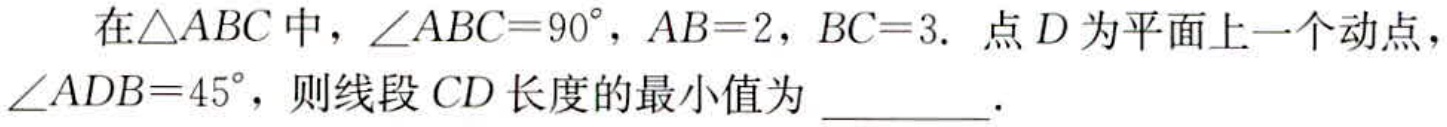
在$\triangle ABC$中，$\angle ABC = 90^{\circ}$，$AB = 2$，$BC = 3$. 点$D$为平面上一个动点，$\angle ADB = 45^{\circ}$，则线段$CD$长度的最小值为 \_\_\_\_\_ .